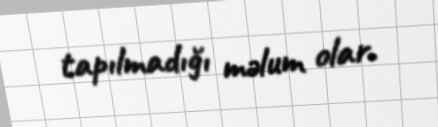
tapılmadığı məlum olar.